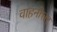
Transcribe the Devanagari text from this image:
वाहनोत्तर